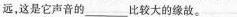
远，这是它声音的___比较大的缘故。